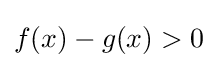
f(x)-g(x)>0